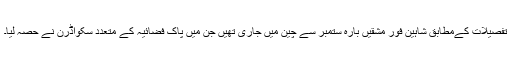
تفصیلات کےمطابق شاہین فور مشقیں بارہ ستمبر سے چین میں جاری تھیں جن میں پاک فضائیہ کے متعدد سکواڈرن نے حصہ لیا۔